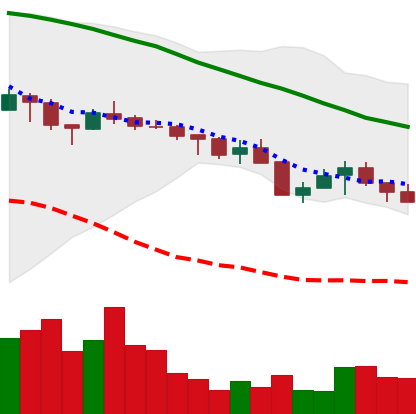
Ticker: XMR-USD
Chart end date: 2018-05-17
Forward return: -8.663%
Label: down_7plus